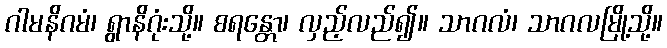
ဂါမနိဂမံ၊ ရွာနိဂုံးသို့။ စရန္တော၊ လှည့်လည်၍။ သာဂလံ၊ သာဂလမြို့သို့။